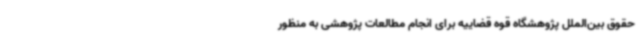
حقوق بین‌الملل پژوهشگاه قوه قضاییه برای انجام مطالعات پژوهشی به منظور